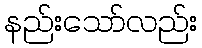
နည်းသော်လည်း